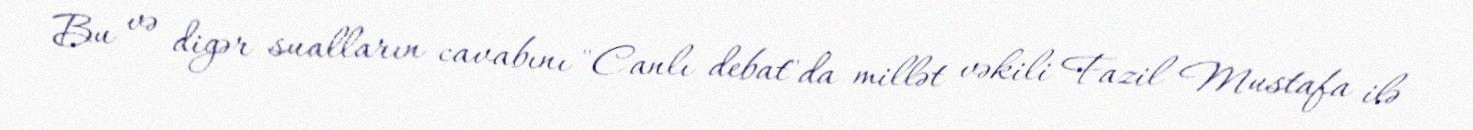
Bu və digər sualların cavabını "Canlı debat"da millət vəkili Fazil Mustafa ilə